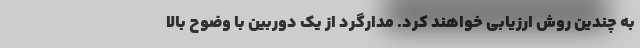
به چندین روش ارزیابی خواهند کرد. مدارگرد از یک دوربین با وضوح بالا